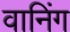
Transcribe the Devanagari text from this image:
वानिंग